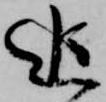
追